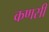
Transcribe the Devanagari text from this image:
कणसी